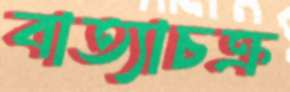
বাত্যাচক্র